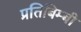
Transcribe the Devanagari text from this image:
प्रतिबिम्बी